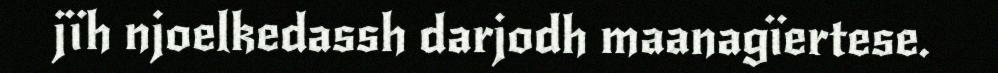
jïh njoelkedassh darjodh maanagïertese.